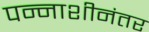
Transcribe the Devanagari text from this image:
पन्नाशीनंतर